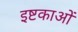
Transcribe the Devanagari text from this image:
इष्टकाओं